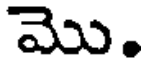
మొ.